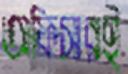
অফিসারই